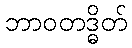
ဘာဝတဒ္ဓိတ်